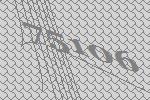
75106